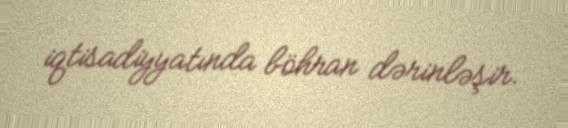
iqtisadiyyatında böhran dərinləşir.